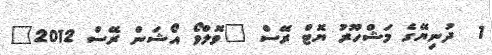
1  ދުނިޔޭގެ މަޝްހޫރު ޔޮޓް ރޭސް "ވޮލްވޯ އޯޝަން ރޭސް 2012"